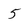
Character: 5